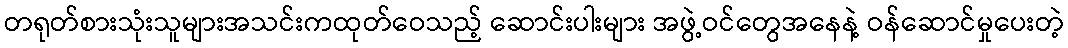
တရုတ်စားသုံးသူများအသင်းကထုတ်ဝေသည့် ဆောင်းပါးများ အဖွဲ့ဝင်တွေအနေနဲ့ ဝန်ဆောင်မှုပေးတဲ့